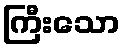
ကြီးသော